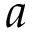
a